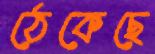
ঠেকেছে